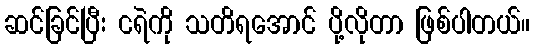
ဆင်ခြင်ပြီး ငရဲကို သတိရအောင် ပို့လိုတာ ဖြစ်ပါတယ်။